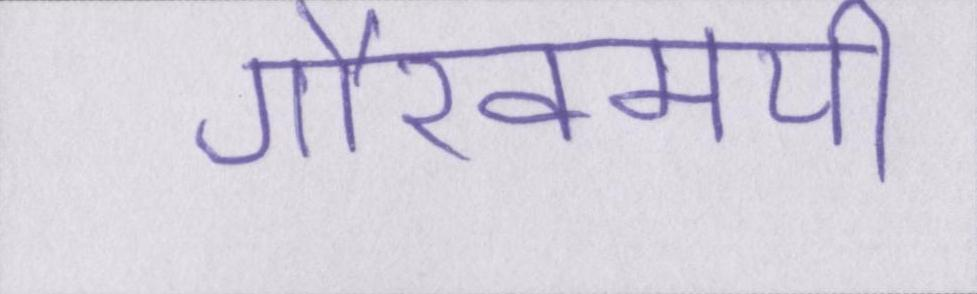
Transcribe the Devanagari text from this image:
गौरवमयी